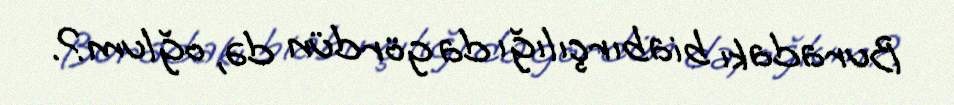
Buradakı biabırçılığı da gördün də, oğlum?.